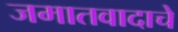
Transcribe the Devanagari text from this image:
जमातवादाचे